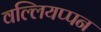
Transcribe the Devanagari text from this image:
वल्लियप्पन